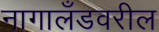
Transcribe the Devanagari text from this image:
नागालँडवरील